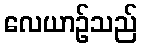
လေယာဉ်သည်